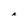
Character: A